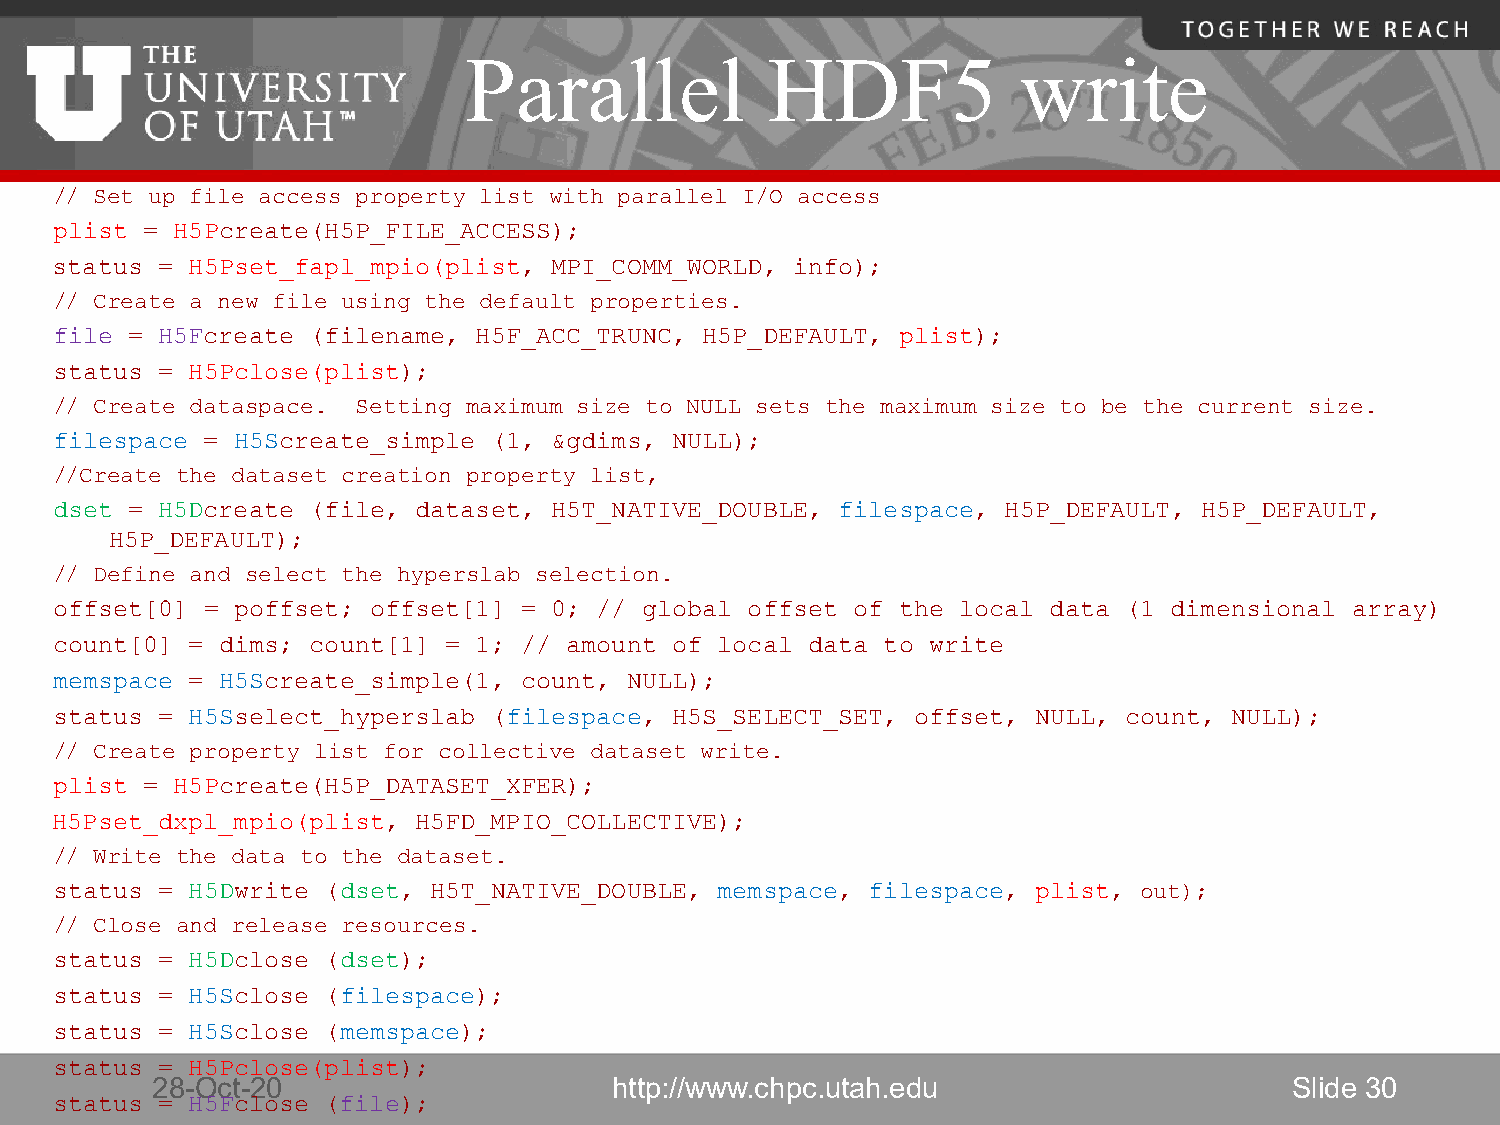
Parallel            HDF5             write
 // Set up file access property list with parallel I/O access
 plist = H5Pcreate(H5P_FILE_ACCESS);
 status = H5Pset_fapl_mpio(plist, MPI_COMM_WORLD, info);
 // Create a new file using the default properties.
 file = H5Fcreate (filename, H5F_ACC_TRUNC, H5P_DEFAULT, plist);
 status = H5Pclose(plist);
 // Create dataspace. Setting maximum size to NULL sets the maximum size to be the current size.
 filespace = H5Screate_simple (1, &gdims, NULL);
 //Create the dataset creation property list,
 dset = H5Dcreate (file, dataset, H5T_NATIVE_DOUBLE, filespace, H5P_DEFAULT, H5P_DEFAULT,
 H5P_DEFAULT);
 // Define and select the hyperslab selection.
 offset[0] = poffset; offset[1] = 0; // global offset of the local data (1 dimensional array)
 count[0] = dims; count[1] = 1; // amount of local data to write
 memspace = H5Screate_simple(1, count, NULL);
 status = H5Sselect_hyperslab (filespace, H5S_SELECT_SET, offset, NULL, count, NULL);
 // Create property list for collective dataset write.
 plist = H5Pcreate(H5P_DATASET_XFER);
 H5Pset_dxpl_mpio(plist, H5FD_MPIO_COLLECTIVE);
 // Write the data to the dataset.
 status = H5Dwrite (dset, H5T_NATIVE_DOUBLE, memspace, filespace, plist, out);
 // Close and release resources.
 status = H5Dclose (dset);
 status = H5Sclose (filespace);
 status = H5Sclose (memspace);
 status = H5Pclose(plist);
 28-Oct-20                      http://www.chpc.utah.edu                     Slide 30
 status = H5Fclose (file);